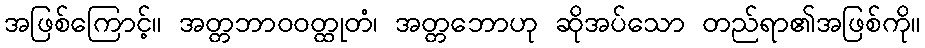
အဖြစ်ကြောင့်။ အတ္တဘာဝဝတ္ထုတံ၊ အတ္တဘောဟု ဆိုအပ်သော တည်ရာ၏အဖြစ်ကို။